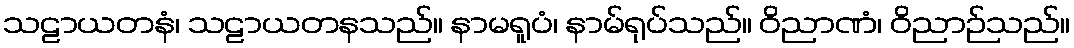
သဠာယတနံ၊ သဠာယတနသည်။ နာမရူပံ၊ နာမ်ရုပ်သည်။ ဝိညာဏံ၊ ဝိညာဉ်သည်။